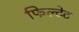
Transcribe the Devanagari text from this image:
फिल्टेट